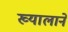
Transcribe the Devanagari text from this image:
ख्यालाने